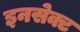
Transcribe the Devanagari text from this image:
इनसेक्ट